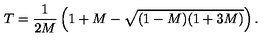
T = \frac { 1 } { 2 M } \left( 1 + M - \sqrt { ( 1 - M ) ( 1 + 3 M ) } \right) .